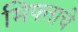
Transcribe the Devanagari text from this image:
मिफ्ताचे